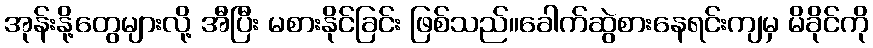
အုန်းနို့တွေများလို့ အီပြီး မစားနိုင်ခြင်း ဖြစ်သည်။ခေါက်ဆွဲစားနေရင်းကျမှ မိခိုင်ကို